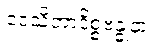
ဒေသိတာဒိစ္စဗန္ဓုနာ